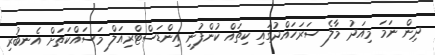
ދިން ނަމަ މިއަދު މާލެ ސަރަހައްދުގައި ކިތައް ކުންފުނި އިންޑަސްޓްރިއަލް މަސައްކަތަށް އެނބުރި